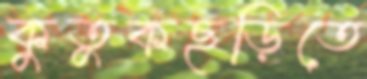
কুতুকছড়িতে